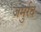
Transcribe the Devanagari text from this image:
जमुर्रद